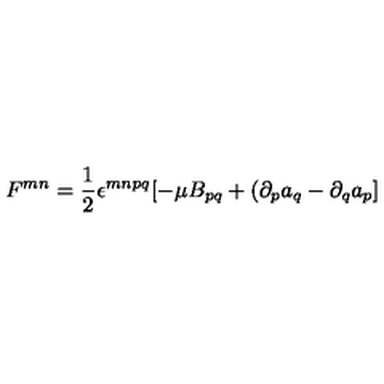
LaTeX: F ^ { m n } = \frac { 1 } { 2 } \epsilon ^ { m n p q } [ - \mu B _ { p q } + ( \partial _ { p } a _ { q } - \partial _ { q } a _ { p } ]